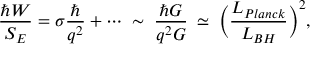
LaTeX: \frac { \hbar W } { S _ { E } } = \sigma \frac { \hbar } { q ^ { 2 } } + \cdots \; \sim \; \frac { \hbar G } { q ^ { 2 } G } \: \simeq \; \biggl ( \frac { L _ { P l a n c k } } { L _ { B H } } \biggr ) ^ { 2 } ,